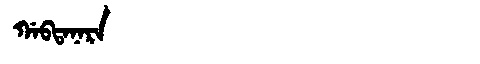
Manchu: ᡤᠠᠪᡨᠠᠨᠠᡵᠠ
Romanization: GABTANARA